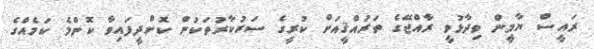
ރައީސް ޔާމީން ވިދާޅުވީ ރާއްޖޭގެ ތަރައްޤީއަށް ކުރީގެ ސަރުކާރުތަކުން ކޮށްދީފައިވާ ކޮންމެ ކަމެއްގެ